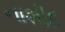
નાશીદ